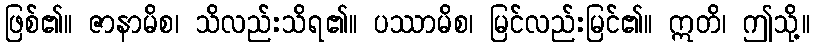
ဖြစ်၏။ ဇာနာမိစ၊ သိလည်းသိရ၏။ ပဿာမိစ၊ မြင်လည်းမြင်၏။ ဣတိ၊ ဤသို့။